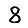
Digit: 8